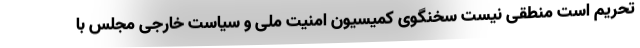
تحریم است منطقی نیست سخنگوی کمیسیون امنیت ملی و سیاست خارجی مجلس با